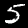
Digit: 5